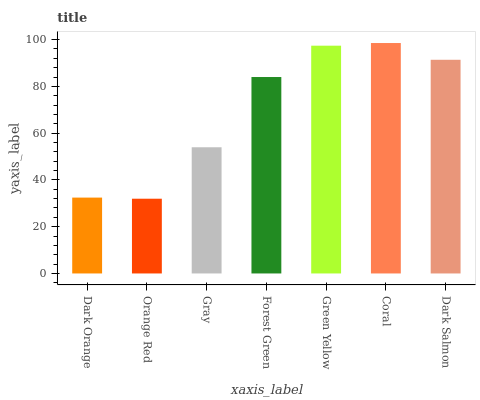
| xaxis_label | bars |
 | --- | --- |
 | Dark Orange | 32.4 |
 | Orange Red | 32 |
 | Gray | 54 |
 | Forest Green | 84 |
 | Green Yellow | 97.4 |
 | Coral | 98.5 |
 | Dark Salmon | 91.4 |